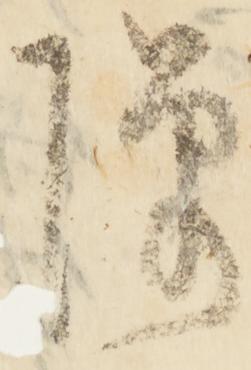
隙